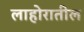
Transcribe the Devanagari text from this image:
लाहोरातील